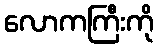
လောကကြီးကို